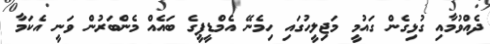
ދެއްވުމާއި ގުޅިގެން ގައުމީ މަޖިލީހުގައި ހިމެނޭ އެމްޑީޕީގެ ބައެއް މެންބަރުން ވަނީ އެކަމާ